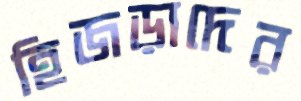
হিজড়াদের